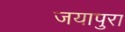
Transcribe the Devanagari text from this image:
जयापुरा